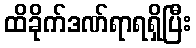
ထိခိုက်ဒဏ်ရာရရှိပြီး